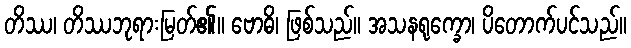
တိဿ၊ တိဿဘုရားမြတ်၏။ ဗောဓိ၊ ဖြစ်သည်။ အသနရုက္ခော၊ ပိတောက်ပင်သည်။